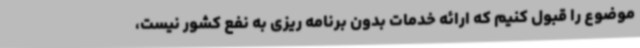
موضوع را قبول کنیم که ارائه خدمات بدون برنامه ریزی به نفع کشور نیست،